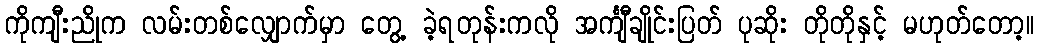
ကိုကျီးညိုက လမ်းတစ်လျှောက်မှာ တွေ့ ခဲ့ရတုန်းကလို အင်္ကျီချိုင်းပြတ် ပုဆိုး တိုတိုနှင့် မဟုတ်တော့။